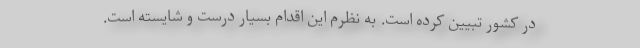
در کشور تبیین کرده است. به نظرم این اقدام بسیار درست و شایسته است.